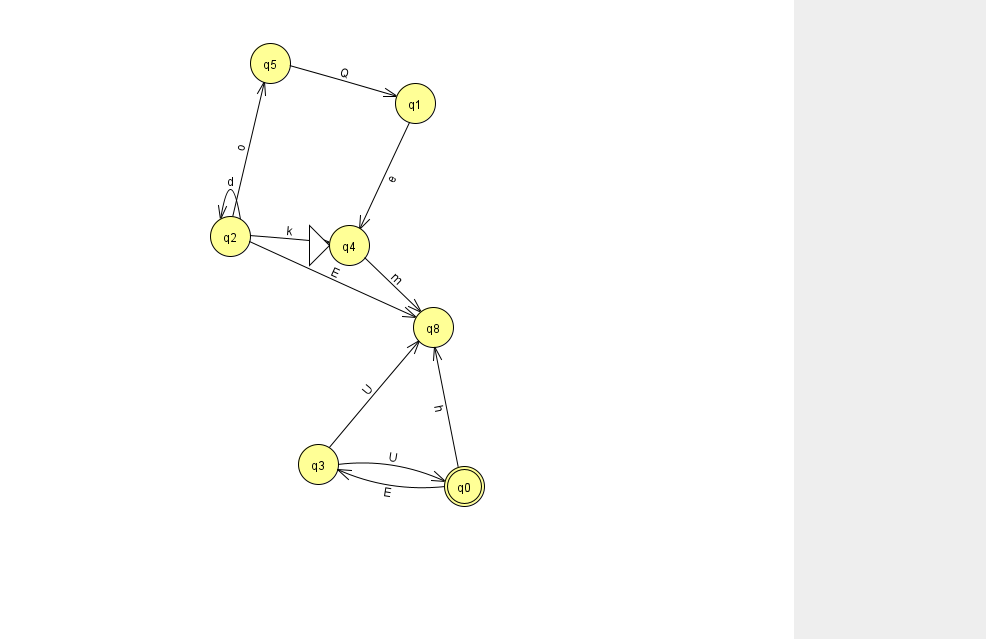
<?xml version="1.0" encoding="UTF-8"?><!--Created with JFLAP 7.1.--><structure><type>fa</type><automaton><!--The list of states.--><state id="0" name="q0"><x>464.0</x><y>473.0</y><final/></state><state id="1" name="q1"><x>415.0</x><y>90.0</y></state><state id="2" name="q2"><x>230.0</x><y>223.0</y></state><state id="3" name="q3"><x>318.0</x><y>451.0</y></state><state id="4" name="q4"><x>349.0</x><y>232.0</y><initial/></state><state id="5" name="q5"><x>270.0</x><y>50.0</y></state><state id="8" name="q8"><x>433.0</x><y>314.0</y></state><!--The list of transitions.--><transition><from>4</from><to>8</to><read>m</read></transition><transition><from>2</from><to>2</to><read>d</read></transition><transition><from>3</from><to>8</to><read>U</read></transition><transition><from>0</from><to>8</to><read>h</read></transition><transition><from>2</from><to>5</to><read>o</read></transition><transition><from>5</from><to>1</to><read>Q</read></transition><transition><from>0</from><to>3</to><read>E</read></transition><transition><from>3</from><to>0</to><read>U</read></transition><transition><from>1</from><to>4</to><read>e</read></transition><transition><from>2</from><to>4</to><read>k</read></transition><transition><from>2</from><to>8</to><read>E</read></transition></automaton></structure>